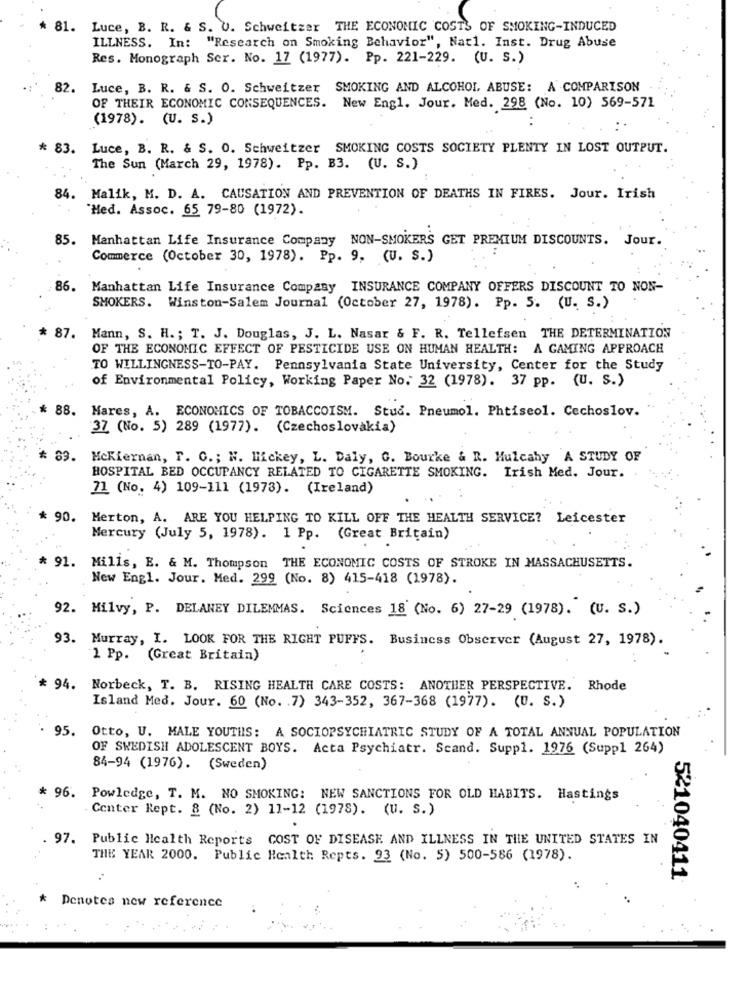
* 81. Luce, B. R. & S. U. Schweitzer THE ECONOMIC COSTS OF SMOKING-INDUCED
ILLNESS. In: "Research on Smoking Behavior", Nat1. Inst. Drug Abuse
Res. Monograph Ser. No. 17 (1977). Pp. 221-229. (U. S.)
82. Luce, B. R. & S. O. Schweitzer SMOKING AND ALCOHOL ABUSE: A COMPARISON
OF THEIR ECONOMIC CONSEQUENCES. New Engl. Jour. Med. 298 (No. 10) 569-571
(1978). (U. S.)
: .
* 83. Luce, B. R. & S. O. Schweitzer SMOKING COSTS SOCIETY PLENTY IN LOST OUTPUT.
The Sun (March 29, 1978). Pp. B3. (U. S.)
84.
Malik, M. D. A. CAUSATION AND PREVENTION OF DEATHS IN FIRES. Jour. Irish
Med. Assoc. 65 79-80 (1972).
85. Manhattan Life Insurance Company NON-SMOKERS GET PREMIUM DISCOUNTS. Jour.
Commerce (October 30, 1978). Pp. 9. (U. S.)
86. Manhattan Life Insurance Company INSURANCE COMPANY OFFERS DISCOUNT TO NON-
SMOKERS.
Winston-Salem Journal (October 27, 1978). Pp. 5. (U. S.)
87. Mann, S. H .; T. J. Douglas, J. L. Nasar & F. R. Tellefsen THE DETERMINATION
OF THE ECONOMIC EFFECT OF PESTICIDE USE ON HUMAN HEALTH: A GAMING APPROACH
TO WILLINGNESS-TO-PAY. Pennsylvania State University, Center for the Study
of Environmental Policy, Working Paper No. 32 (1978). 37 pp. (U. S.)
88. Mares, A. ECONOMICS OF TOBACCOISM. Stud. Pneumol. Phtiscol. Cechoslov.
37 (No. 5) 289 (1977). (Czechoslovakia)
89.
Mckiernan, F. C .; W. Mickey, L. Daly, G. Bourke & R. Mulcahy A STUDY OF
HOSPITAL BED OCCUPANCY RELATED TO CIGARETTE SMOKING. Irish Med. Jour.
71 (No. 4) 109-111 (1973). (Ireland)
* 90.
Merton, A. ARE YOU HELPING TO KILL OFF THE HEALTH SERVICE? Leicester
Mercury (July 5, 1978). 1 Pp. (Great Britain)
* 91. Mills, E. & M. Thompson THE ECONOMIC COSTS OF STROKE IN MASSACHUSETTS.
New Engl. Jour. Med. 299 (No. 8) 415-418 (1978).
92. Milvy, P. DELANEY DILEMMAS. Sciences 18 (No. 6) 27-29 (1978). (U. s.)
93. Murray, I. LOOK FOR THE RIGHT PUFFS. Business Observer (August 27, 1978).
1 Pp. (Great Britain)
94. Norbeck, T. B. RISING HEALTH CARE COSTS: ANOTHER PERSPECTIVE. Rhode
Island Med. Jour. 60 (No. . 7) 343-352, 367-368 (1977). (U. S.)
95.
Otto, U. MALE YOUTHS: A SOCIOPSYCHIATRIC STUDY OF A TOTAL ANNUAL POPULATION
OF SWEDISH ADOLESCENT BOYS. Acta Psychiatr. Scand. Supp1. 1976 (Suppl 264)
84-94 (1976). (Sweden)
* 96. Powledge, T. M. NO SMOKING: NEW SANCTIONS FOR OLD HABITS. Hastings
Center Rept. 8 (No. 2) 11-12 (1978). (U. S.)
97. Public Health Reports COST OF DISEASE AND ILLNESS IN THE UNITED STATES IN
THE YEAR 2000. Public Health Repts. 93 (No. 5) 500-586 (1978).
521040411
* Denotes new reference